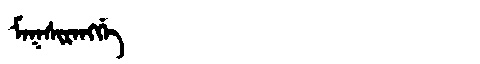
Manchu: ᠮᠠᡴᠰᡳᡵᠠᠩᡤᡝ
Romanization: MAKSIRANGGE